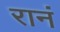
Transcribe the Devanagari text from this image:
रानं